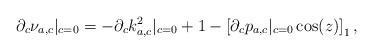
LaTeX: \begin{align*}\partial_c\nu_{a,c}|_{c=0} = - \partial_ck_{a,c}^2|_{c=0} +1 - \left[\partial_cp_{a,c}|_{c=0}\cos(z)\right]_1,\end{align*}